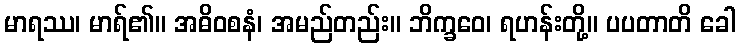
မာရဿ၊ မာရ်၏။ အဓိဝစနံ၊ အမည်တည်း။ ဘိက္ခဝေ၊ ရဟန်းတို့။ ပပတာတိ ခေါ